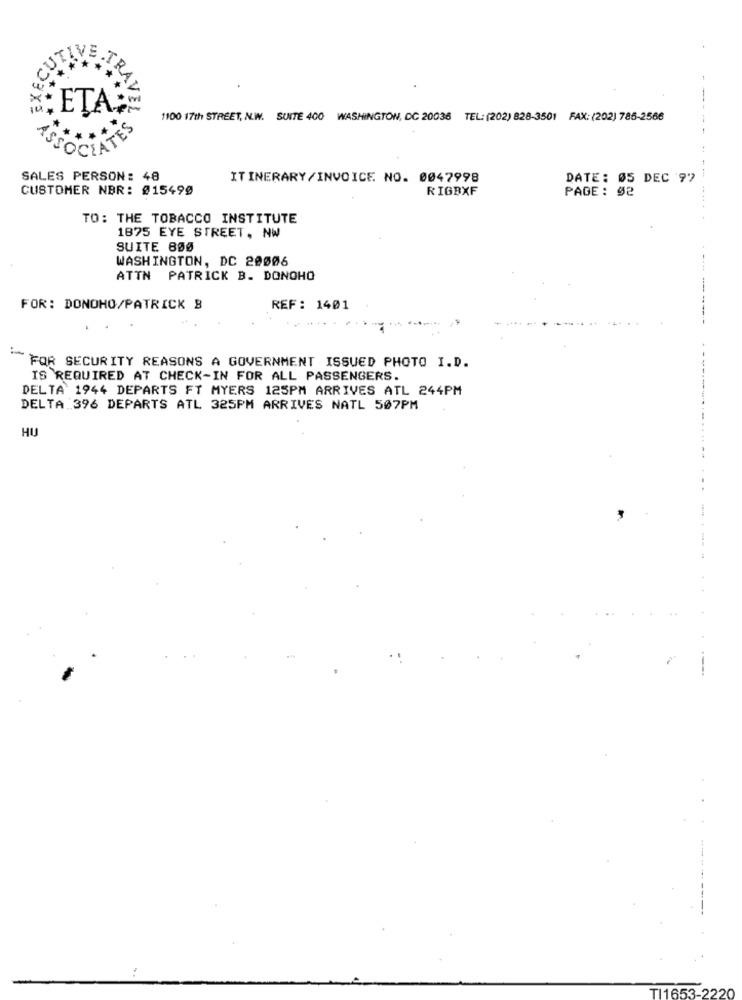
RAI
-
Xs
ETA'
1100 17th STREET, N.W. SUITE 400 WASHINGTON, DC 20036 TEL: (202) 828-3501 FAX: (202) 785-2566
so
SALES PERSON: 48
ITINERARY/INVOICE. NO. 0047998
DATE: 05 DEC 97
CUSTOMER NBR: 015490
RIGBXF
PAGE: 52
TO: THE TOBACCO INSTITUTE
1875 EYE STREET, NW
SUITE 800
WASHINGTON, DC 20006
ATTN PATRICK B. DONOHO
FOR: DONOHO/PATRICK B
REF: 1401
FOR SECURITY REASONS A GOVERNMENT ISSUED PHOTO I.D.
IS REQUIRED AT CHECK-IN FOR ALL PASSENGERS.
DELTA 1944 DEPARTS FT MYERS 125PM ARRIVES ATL 244PM
DELTA 396 DEPARTS ATL 325PM ARRIVES NATL 507PM
HU
----
TI1653-2220